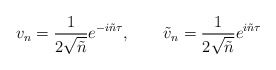
\begin{align*}v_n = \frac{1}{2\sqrt{ \tilde{n}}}e^{-i\tilde{n}\tau},\qquad \tilde{v}_n= \frac{1}{2\sqrt{ \tilde{n}}} e^{i\tilde{n}\tau}\end{align*}